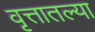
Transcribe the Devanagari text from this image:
वृत्तातल्या